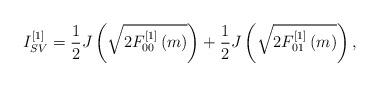
LaTeX: \begin{align*} I^{[1]}_{SV} & = \frac{1}{2}J\left( \sqrt{2F^{[1]}_{00}\left(m\right)} \right) + \frac{1}{2}J\left( \sqrt{2F^{[1]}_{01}\left(m\right)} \right), \end{align*}